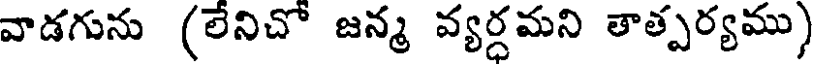
వాడగును (లేనిచో జన్మ వ్యర్ధమని తాత్పర్యము)